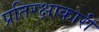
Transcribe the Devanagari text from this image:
प्रतिरक्षाकारी